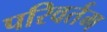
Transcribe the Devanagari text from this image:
परिवर्तम